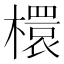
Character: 檈